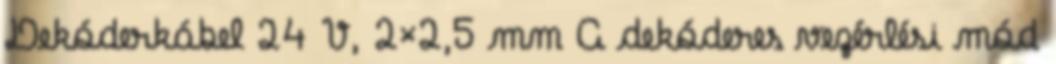
Dekóderkábel 24 V, 2×2,5 mm A dekóderes vezérlési mód